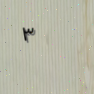
٣